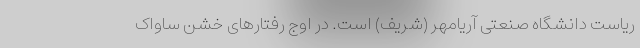
ریاست دانشگاه صنعتی آریامهر (شریف) است. در اوج رفتارهای خشن ساواک